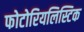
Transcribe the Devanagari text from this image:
फोटोरियलिस्टिक